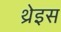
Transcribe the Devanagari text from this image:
थ्रेइस